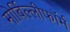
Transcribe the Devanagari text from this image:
मोर्बिल्लीफॉर्म